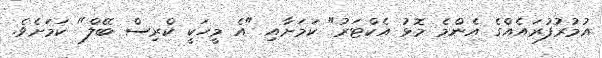
އުމުރުފުރައެއްގެ އެންމެ މޮޅު އެކްޓަރު" ކަމަށާއި "އެ މީހަކީ ކްރިސް ބޭލް" ކަމަށެވެ.